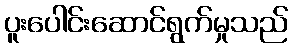
ပူးပေါင်းဆောင်ရွက်မှုသည်